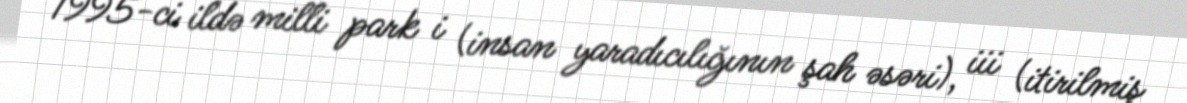
1995-ci ildə milli park i (insan yaradıcılığının şah əsəri), iii (itirilmiş